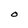
Character: O